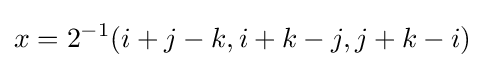
x=2^{-1}(i+j-k,i+k-j,j+k-i)